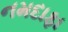
નમદાફા